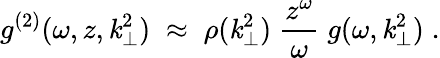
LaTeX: g^{(2)}(\omega,z,\mathit{k}_{\perp}^{2})\; \approx\; \rho(\mathit{k}_{\perp}^{2})\; \frac{{z^{\omega}}}{{\omega}}\; g(\omega,\mathit{k}_{\perp}^{2})\; .